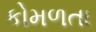
કોમળતા